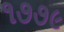
૧૭૭૯